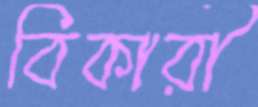
বিকারী